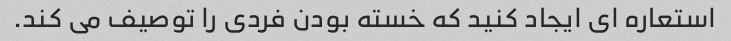
استعاره ای ایجاد کنید که خسته بودن فردی را توصیف می کند.